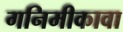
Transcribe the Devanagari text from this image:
गनिमीकावा